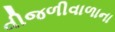
વીજળીવાળાના